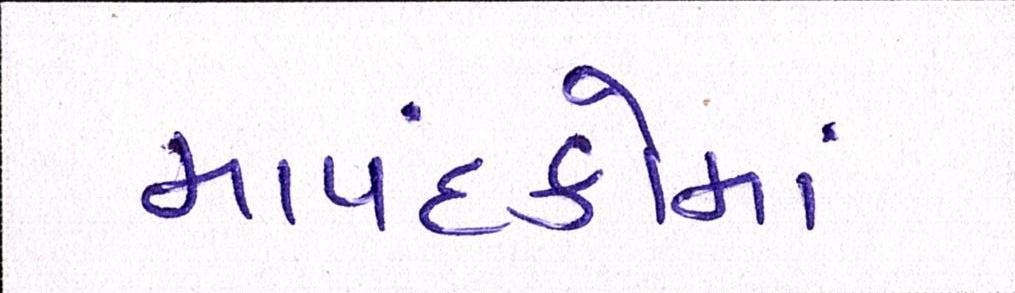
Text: માપદંડોમાં